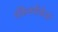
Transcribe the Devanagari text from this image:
बँकेतर्फेकेले